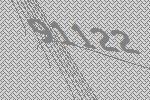
91122